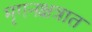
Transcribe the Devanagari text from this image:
मृगनक्षत्रात